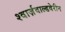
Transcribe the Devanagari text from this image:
श्वार्ज़वाल्डवेरीन